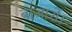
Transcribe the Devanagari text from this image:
बाजारों।